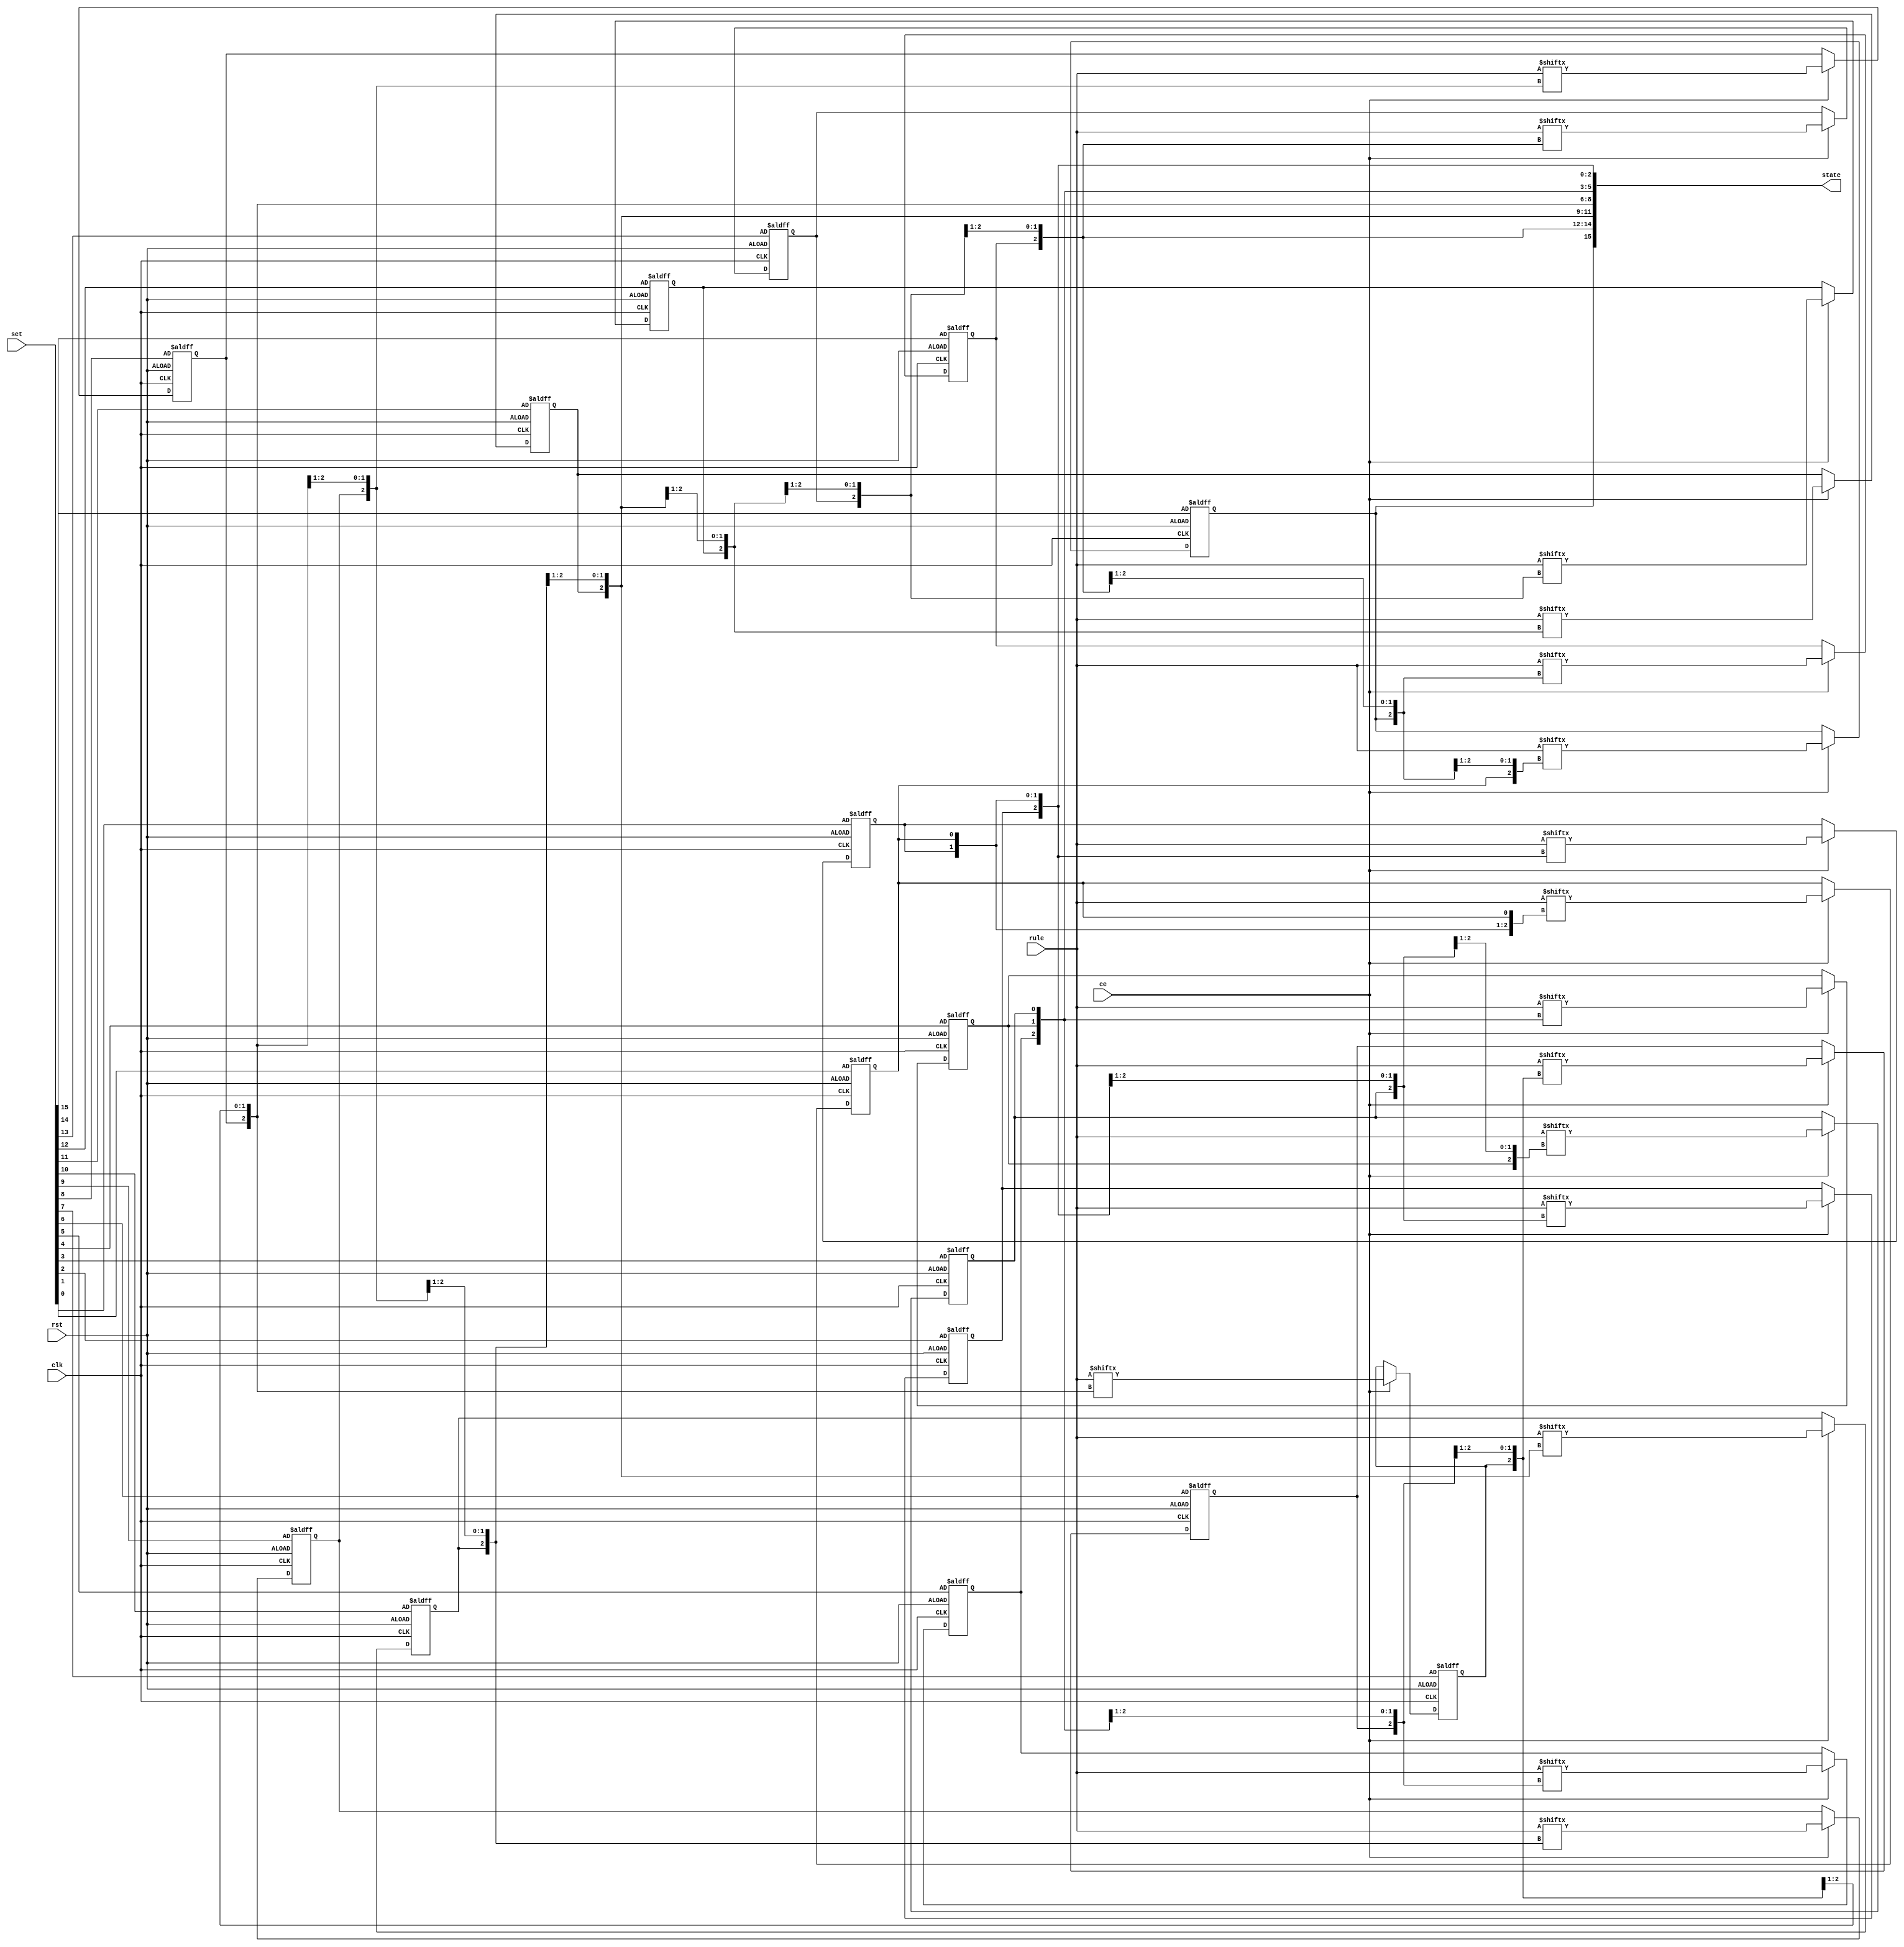
`ifndef __DYNAMIC_BINARY_CELLULAR_AUTOMATA_2D__
`define __DYNAMIC_BINARY_CELLULAR_AUTOMATA_2D__

module DynamicBinaryCellularAutomata2D #(
	parameter Width = 16,
	parameter Initial= {(Width/2){2'b01}}
) (
	input clk,
	input rst,
	input ce,
	input [7:0]rule,
	input [Width-1:0]set,
	output reg [Width-1:0]state = Initial
);

	genvar i;
	generate
		for (i=0;i<Width;i=i+1)
		begin: _cell_			
			always @(posedge clk or posedge rst)
			begin
				if (rst)
				begin
					state[i] = set[i];
				end
				else if (ce)
				begin
					state[i] = rule[{state[(i+1)%Width],state[i],state[i-1<0?0:i-1]}];
				end
			end
		end
	endgenerate

	
	

endmodule

`endif